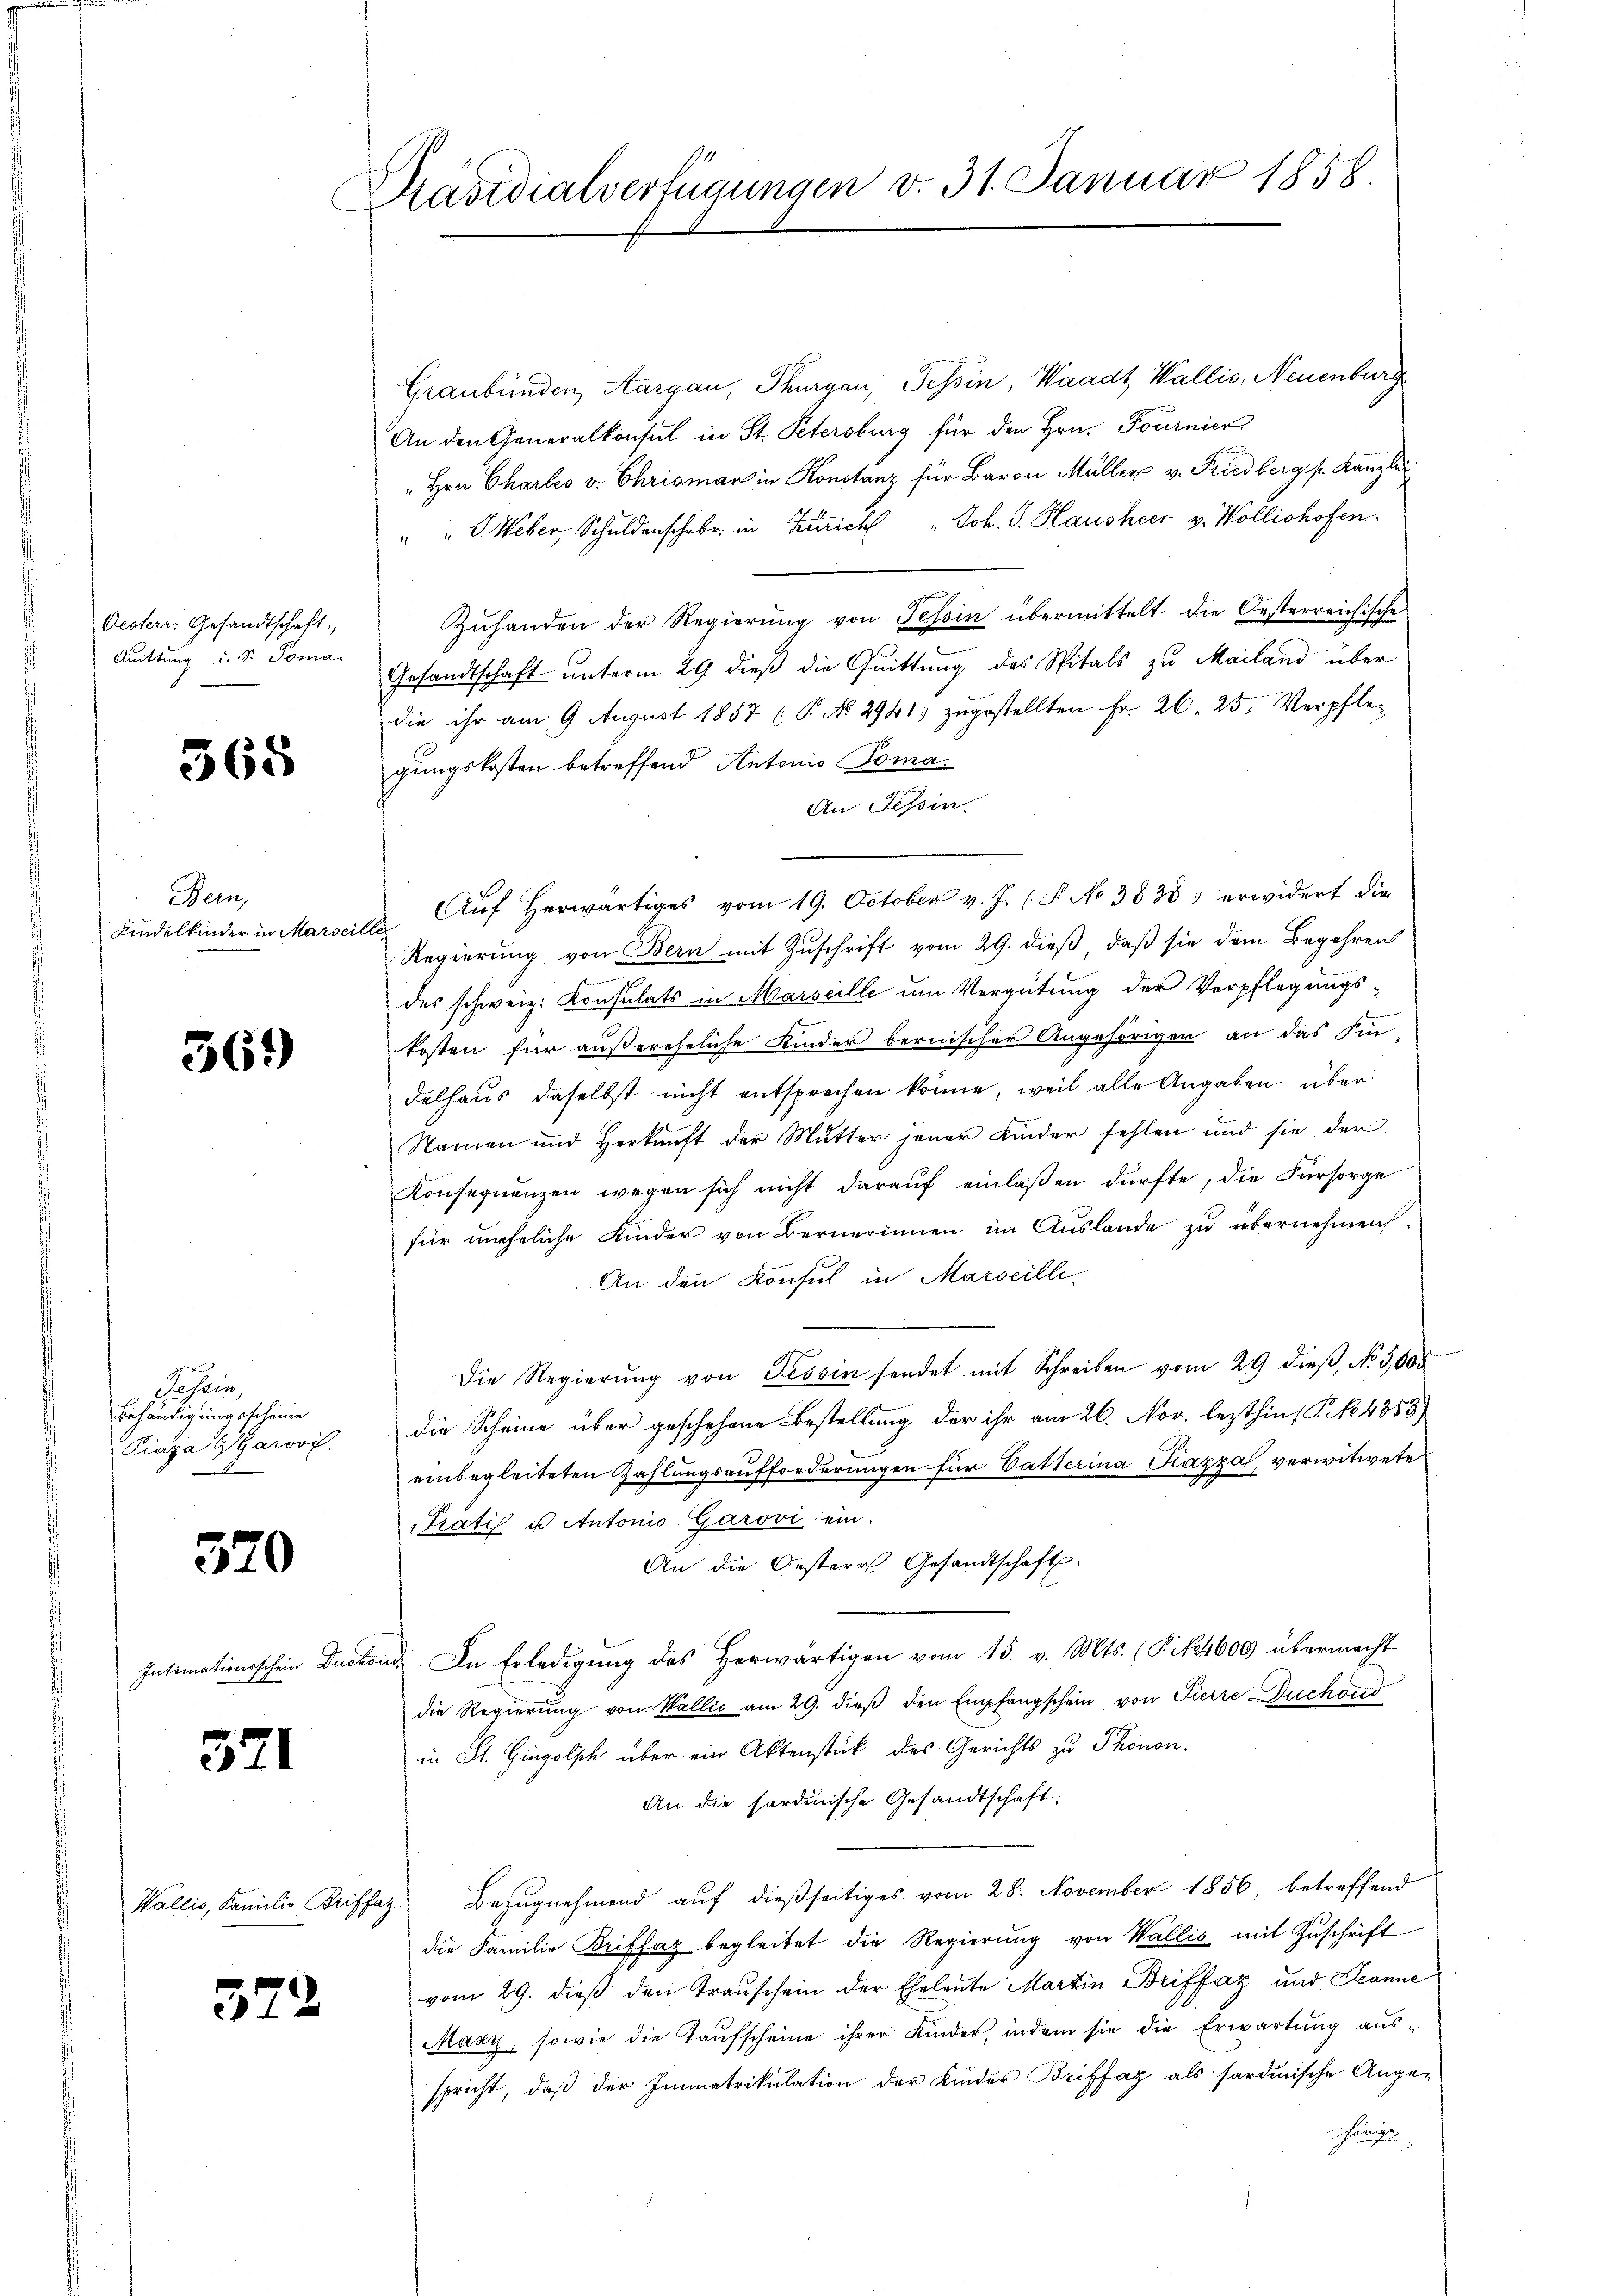
Oesterr. Gesandtschaft,
Quittung i. S. Toma

368

Bern,
Kindelkinder in Marser

361)

Dasein
Behändigungsscheine
Piaza & Garovi
.

370

Intimationsschein Duchois

371

Wallis, Familie Briffaz

322

Präsidialverfügungen v. 31. Januar 1858.

Graubünden, Aargau, Thurgau, Tessin, Waadt Wallis, Neuenburg
An den Generalkonsul in St. Petersburg für den Hrn. Tournier
"Hrn Charlis v. Chrisman in Konstanz für Baron Müller v. Friedberg sr. Kanzler
" " G. Weber, Schuldenschrbr. in Zürich " Joh. J. Hausheer v. Wollishofen.
Zuhanden der Regierung von Tessin übermittelt die Oesterreichische
Gesandtschaft unterm 29 dieß die Quittung des Spitals zu Mailand über
die ihr am 9. August 1857 (P. No 29413 zugestellten Fr. 26. 25. Verpflegungskosten betreffend Antonio Toma
An Tessin.
Auf herwärtiges vom 19. October v. J. P. No 3838 erwidert die
le
Regierung von Bern mit Zuschrift vom 29. dieß, daß sie dem Begehren
des schweiz. Konsulats in Marseille um Vergütung der Verpflegungs-
kosten für außereheliche Kinder bernischer Angehöriger an das Fin-
delhaus daselbst nicht entsprechen könne, weil alle Angaben über
Namen und Herkunft der Mutter jener Kinder fehlen und sie der
Konsequenzen wegen sich nicht darauf einlaßen dürfte, die Fürsorge
für meheliche Kinder von Bernerinnen im Auslande zu übernehmen.
An den Konsul in Marseille,
Die Regierŭng von Tessin sendet mit Schreiben vom 29 dieβ, No. 5005
die Scheine über geschehene Bestellung der ihr am 26. Nov. lezthin (S. 4853)
einbegleiteten Zahlungsaufforderungen für Vatterina Piazza verwitwete¬
Tratis u Antonio, Garovi ein.
An die Oesteres Gesandtschaft.
In Erledigung des Herwärtigen vom 15. v. Mts. (T.14600 übermacht
die Regierung von Wallis am 29. dieß den Empfangschein von Pierre Duchoris
in St. Gingolph über ein Aktenstück des Gerichts zu Thonon.
An die sardinische Gesandtschaft:
Bezugnehmend auf dießseitiges vom 28. November 1856 betreffend
die Familie Briffaz begleitet die Regierŭng von Wallis mit Zuschrift
vom 29. dieß den Trauschein der Eheleute Martin Briffaz und Jeanne
Mazy, sowie die Taufscheine ihrer Kinder, indem sie die Erwartung aus-
spricht, daß der Immatrikulation der Kinder Briffaz als fordinische Ange-
ichunge